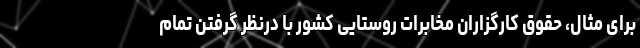
برای مثال، حقوق کارگزاران مخابرات روستایی کشور با درنظر گرفتن تمام